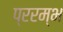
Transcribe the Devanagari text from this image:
प्ररम्भ